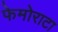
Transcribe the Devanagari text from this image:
फेमोराटा